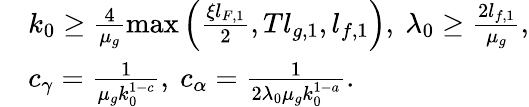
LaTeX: \begin{array}{rl}&{k_{0}\ge\frac{4}{\mu_{g}}\operatorname*{max}\left(\frac{\xi l_{F,1}}{2},Tl_{g,1},l_{f,1}\right),\ \lambda_{0}\ge\frac{2l_{f,1}}{\mu_{g}},}\\ &{c_{\gamma}=\frac{1}{\mu_{g}k_{0}^{1-c}},\ c_{\alpha}=\frac{1}{2\lambda_{0}\mu_{g}k_{0}^{1-a}}.}\end{array}